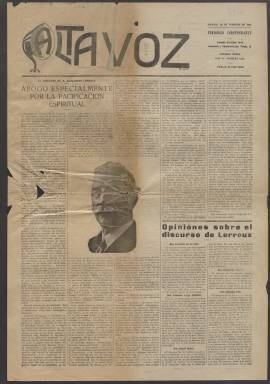
Título: Altavoz (Madrid)
Colección: Periódicos
Ámbito geográfico: Madrid
Lugar de publicación: Madrid
Fechas: 26/02/1932-30/06/1936